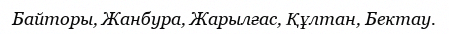
Байторы, Жанбура, Жарылғас, Құлтан, Бектау.